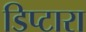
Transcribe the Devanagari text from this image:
डिप्टारा